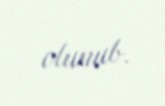
olunub.